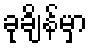
ခုချိန်မှာ